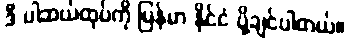
ဒီ ပါဆယ်ထုပ်ကို မြန်မာ နိုင်ငံ ပို့ချင်ပါတယ်။